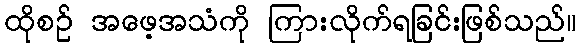
ထိုစဉ် အဖေ့အသံကို ကြားလိုက်ရခြင်းဖြစ်သည်။